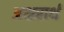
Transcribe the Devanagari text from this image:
अक्षरार्थ